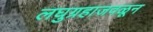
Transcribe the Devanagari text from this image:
लघुग्रहाजवळून